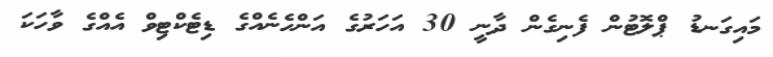
މައިގަނޑު ޕްލޮޓުން ފެނިގެން ދާނީ 30 އަހަރުގެ އަންހެނެއްގެ ޑިޓެކްޓިވް އެއްގެ ވާހަކަ